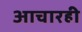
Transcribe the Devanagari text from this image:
आचारही